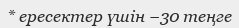
* ересектер үшін −30 теңге